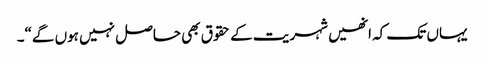
یہاں تک کہ انھیں شہریت کے حقوق بھی حاصل نہیں ہوں گے“۔